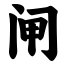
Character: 闸